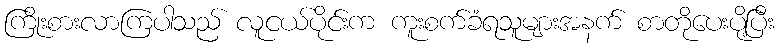
ကြိုးစားလာကြပါသည် လူငယ်ပိုင်းက ကူးစက်ခံရသူများအနက် စာတိုပေးပို့ပြီး